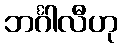
ဘင်္ဂါလီဟု